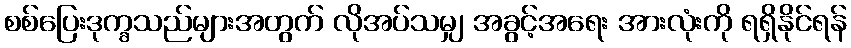
စစ်ပြေးဒုက္ခသည်များအတွက် လိုအပ်သမျှ အခွင့်အရေး အားလုံးကို ရရှိနိုင်ရန်